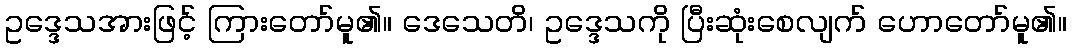
ဥဒ္ဒေသအားဖြင့် ကြားတော်မူ၏။ ဒေသေတိ၊ ဥဒ္ဒေသကို ပြီးဆုံးစေလျက် ဟောတော်မူ၏။